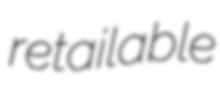
retailable